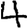
Digit: 4